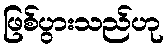
ဖြစ်ပွားသည်ဟု